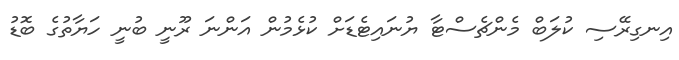
އިނގިރޭސި ކުލަބް މެންޗެސްޓާ ޔުނައިޓެޑަށް ކުޅެމުން އަންނަ ރޫނީ ބުނީ ހަޔާތުގެ ބޮޑު